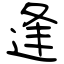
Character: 逢